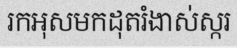
រកអុសមកដុតរំងាស់ស្ករ